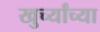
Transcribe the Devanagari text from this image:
खुर्च्यांच्या